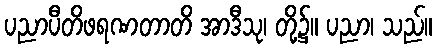
ပညာပီတိဖရဏတာတိ အာဒီသု၊ တို့၌။ ပညာ၊ သည်။